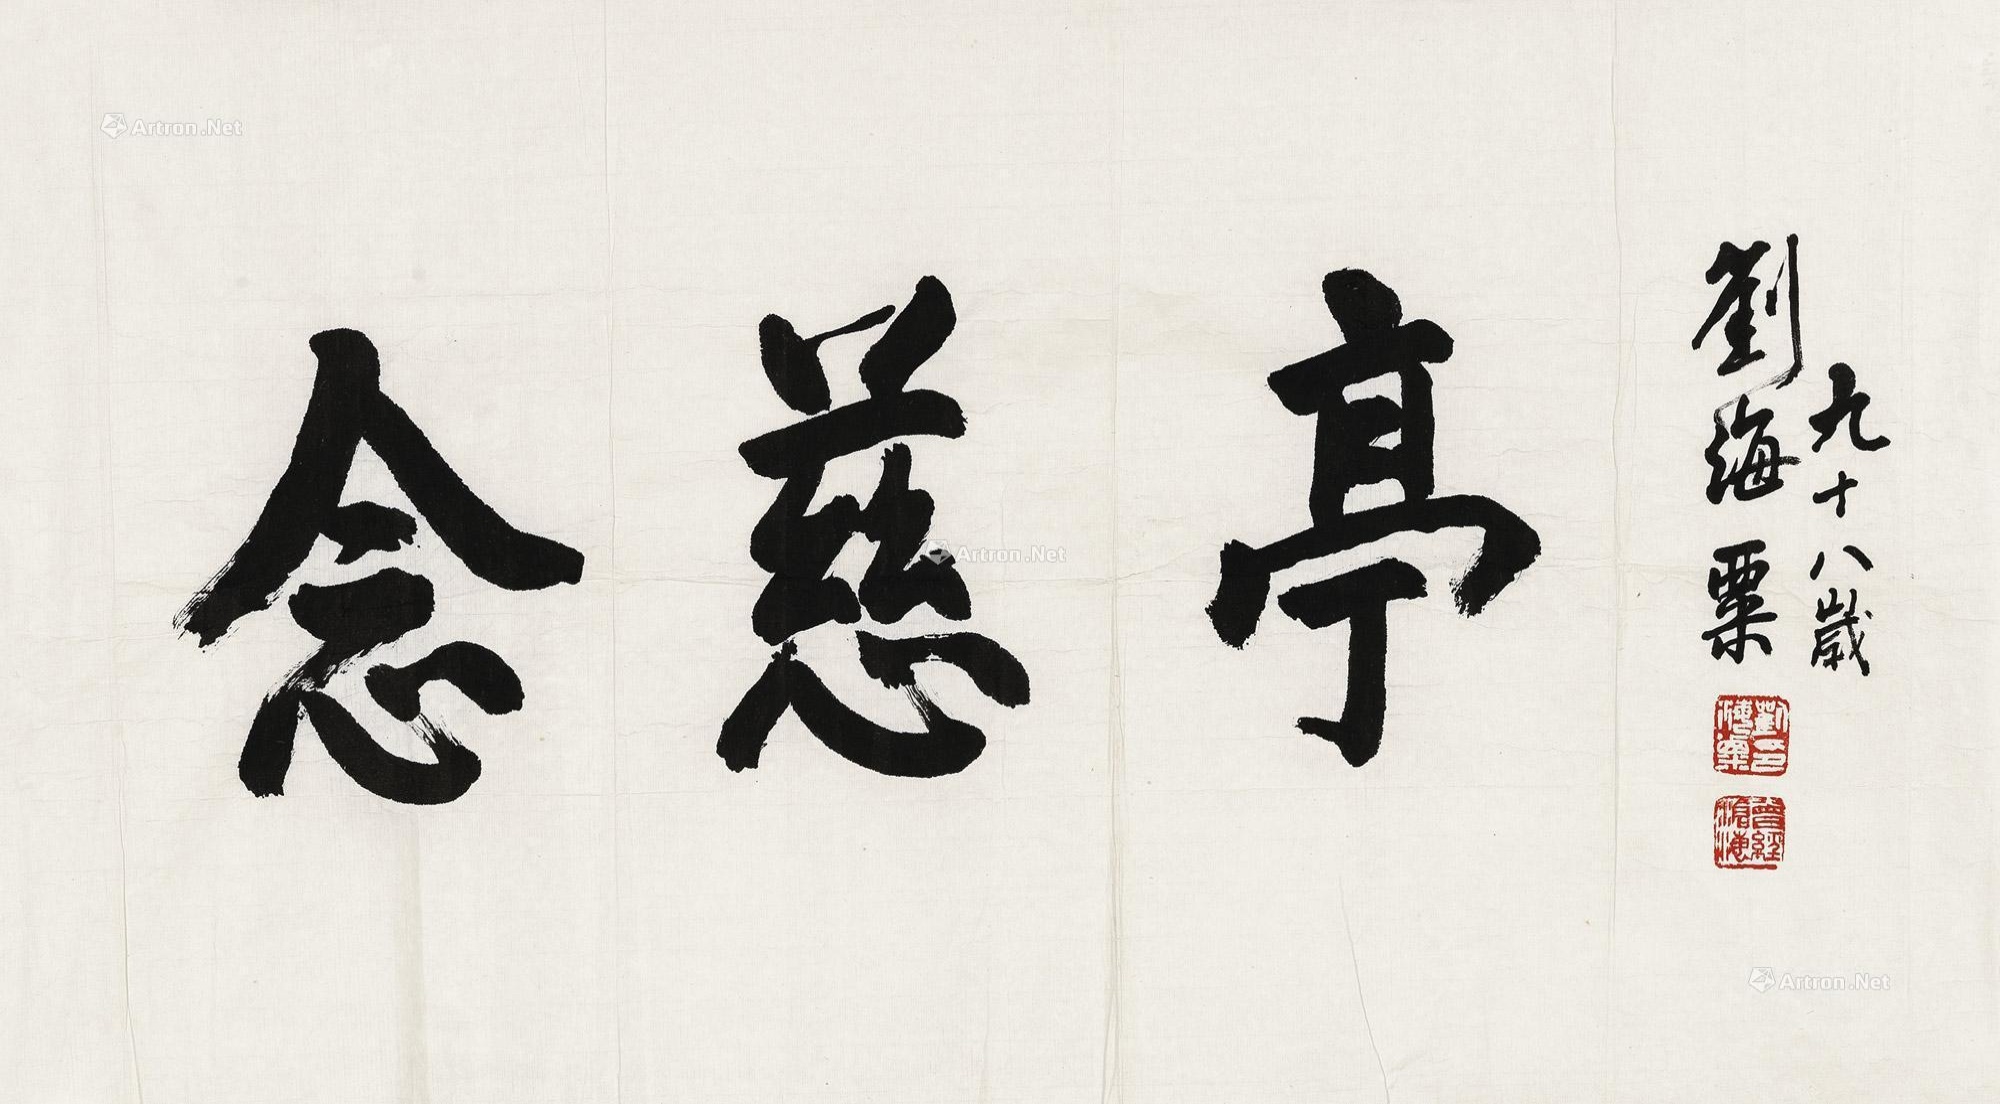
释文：念慈亭。刘海粟九十八岁。